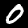
Label: 0